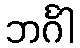
ဘင်္ဂါ